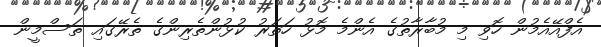
އެފްއޭއެމުން ހޮވި މި މުބާރާތުގެ އެންމެ މޮޅު ހަތަރު ކުޅުންތެރިންގެ ތެރޭގައި ތަސްމީން